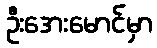
ဦးအေးမောင်မှာ